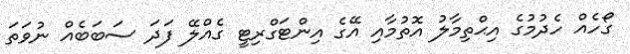
ގޯހެއް ހެދުމުގެ އިޙްތިމާލު އޮތުމާއި އޭގެ އިންޓަގްރިޓީ ގެއްލޭ ފަދަ ސަބަބެއް ނުވަތަ